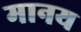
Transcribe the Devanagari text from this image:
मानय